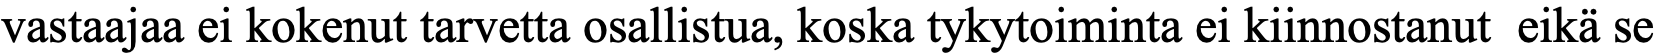
vastaajaa ei kokenut tarvetta osallistua, koska tykytoiminta ei kiinnostanut eikä se